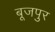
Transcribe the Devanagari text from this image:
बूजपुर